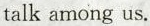
talk among us.